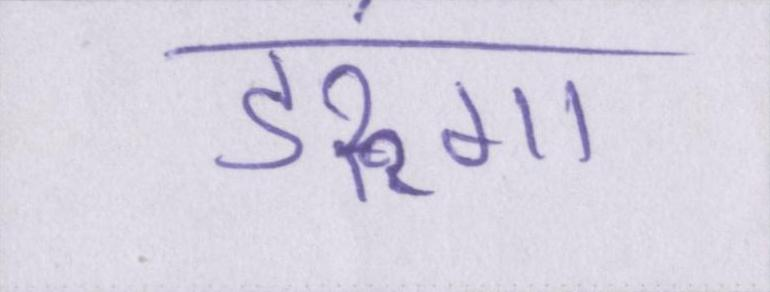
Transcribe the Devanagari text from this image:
डरूंगा